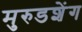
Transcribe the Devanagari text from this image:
मुरुडशेंग